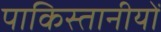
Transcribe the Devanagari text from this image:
पाकिस्तानीयों